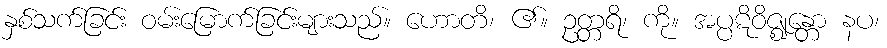
နှစ်သက်ခြင်း ဝမ်းမြောက်ခြင်းများသည်။ ဟောတိ၊ ၏။ ဥတ္တရိ၊ ကို။ အပ္ပဋိဝိဇ္ဈန္တော နပ၊